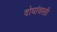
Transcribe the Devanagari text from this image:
दोघांवरती